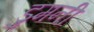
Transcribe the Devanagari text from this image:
डुमनी